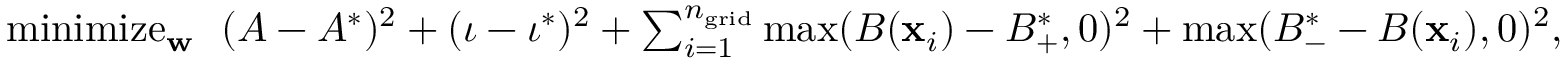
\begin{array} { r } { \operatornamewithlimits { m i n i m i z e } _ { \mathbf { w } } \ \ ( A - A ^ { * } ) ^ { 2 } + ( \iota - \iota ^ { * } ) ^ { 2 } + \sum _ { i = 1 } ^ { { n _ { \mathrm { g r i d } } } } \operatorname* { m a x } ( B ( \mathbf { x } _ { i } ) - B _ { + } ^ { * } , 0 ) ^ { 2 } + \operatorname* { m a x } ( B _ { - } ^ { * } - B ( \mathbf { x } _ { i } ) , 0 ) ^ { 2 } , } \end{array}